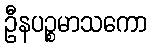
ဦနပဉ္စမာသကော